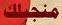
منجلك